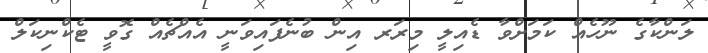
ލަންކާގެ ނޫހެއް ކަމަށްވާ ޑެއިލީ މިރަރ އިން ބުނެފައިވަނީ އެއްޗެއް ގޮވީ ޓެކްނިކަލް